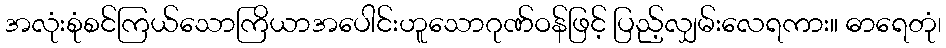
အလုံးစုံစင်ကြယ်သောကြိယာအပေါင်းဟူသောဂုဏ်ဝန်ဖြင့် ပြည့်လျှမ်းလေရကား။ ဓာရေတုံ၊